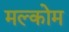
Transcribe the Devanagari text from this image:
मल्कोम